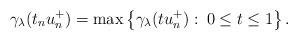
LaTeX: \begin{align*} \gamma_\lambda(t_nu_n^+)=\max\left\{\gamma_\lambda(tu_n^+):\:0\leq t\leq 1\right\}.\end{align*}